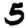
Digit: 5